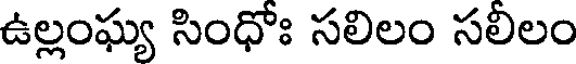
ఉల్లంఘ్య సింధోః సలిలం సలిలం